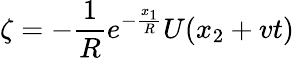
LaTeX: \zeta=-\frac{1}{R}e^{-\frac{x_{1}}{R}}U(x_{2}+vt)